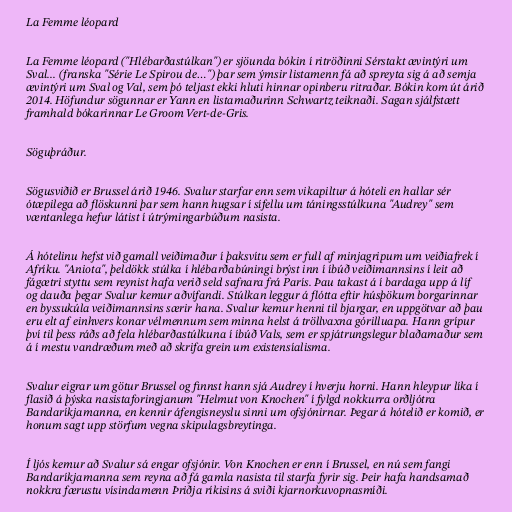
La Femme léopard

La Femme léopard ("Hlébarðastúlkan") er sjöunda bókin í ritröðinni Sérstakt ævintýri um
Sval... (franska "Série Le Spirou de…") þar sem ýmsir listamenn fá að spreyta sig á að semja
ævintýri um Sval og Val, sem þó teljast ekki hluti hinnar opinberu ritraðar. Bókin kom út árið
2014. Höfundur sögunnar er Yann en listamaðurinn Schwartz teiknaði. Sagan sjálfstætt
framhald bókarinnar Le Groom Vert-de-Gris.

Söguþráður.

Sögusviðið er Brussel árið 1946. Svalur starfar enn sem vikapiltur á hóteli en hallar sér
ótæpilega að flöskunni þar sem hann hugsar í sífellu um táningsstúlkuna "Audrey" sem
væntanlega hefur látist í útrýmingarbúðum nasista.

Á hótelinu hefst við gamall veiðimaður í þaksvítu sem er full af minjagripum um veiðiafrek í
Afríku. "Aniota", þeldökk stúlka í hlébarðabúningi brýst inn í íbúð veiðimannsins í leit að
fágætri styttu sem reynist hafa verið seld safnara frá París. Þau takast á í bardaga upp á líf
og dauða þegar Svalur kemur aðvífandi. Stúlkan leggur á flótta eftir húsþökum borgarinnar
en byssukúla veiðimannsins særir hana. Svalur kemur henni til bjargar, en uppgötvar að þau
eru elt af einhvers konar vélmennum sem minna helst á tröllvaxna górilluapa. Hann grípur
því til þess ráðs að fela hlébarðastúlkuna í íbúð Vals, sem er spjátrungslegur blaðamaður sem
á í mestu vandræðum með að skrifa grein um existensíalisma.

Svalur eigrar um götur Brussel og finnst hann sjá Audrey í hverju horni. Hann hleypur líka í
flasið á þýska nasistaforingjanum "Helmut von Knochen" í fylgd nokkurra orðljótra
Bandaríkjamanna, en kennir áfengisneyslu sinni um ofsjónirnar. Þegar á hótelið er komið, er
honum sagt upp störfum vegna skipulagsbreytinga.

Í ljós kemur að Svalur sá engar ofsjónir. Von Knochen er enn í Brussel, en nú sem fangi
Bandaríkjamanna sem reyna að fá gamla nasista til starfa fyrir sig. Þeir hafa handsamað
nokkra færustu vísindamenn Þriðja ríkisins á sviði kjarnorkuvopnasmíði.